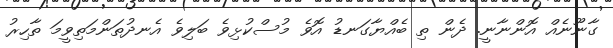
ގާނޫނެއް އޮންނާނީ. ދެން ތި ބެއްޔާގަނޑު އޮވެ މުސްކުޅިވެ ބަލިވެ އެނދުތަންމަތިވީމަ ތާހިރު